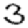
Digit: 3